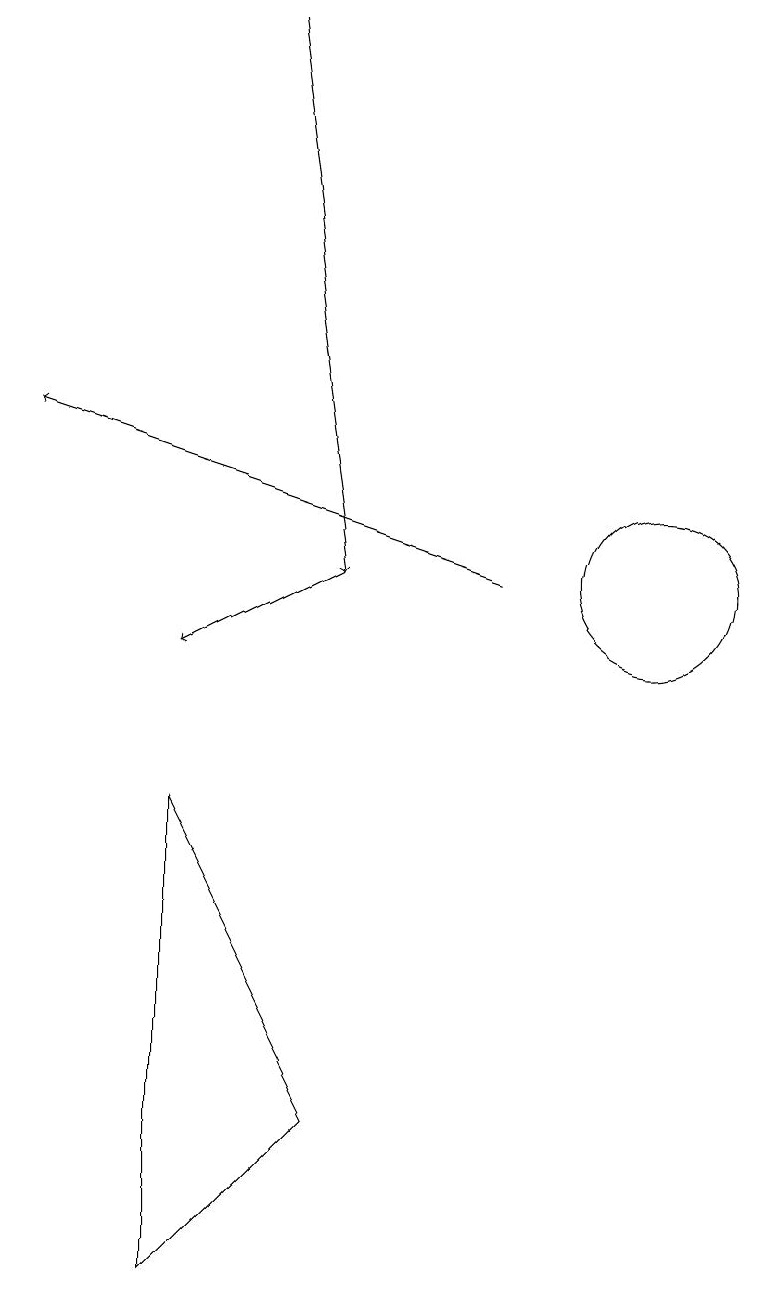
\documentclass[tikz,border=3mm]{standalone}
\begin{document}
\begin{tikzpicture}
\draw[->] (6,18) -- (7,11);
\draw (11,11) circle (1);
\draw (5,2) -- (7,4) -- (5,8) -- cycle;
\draw[->] (7,11) -- (5,10);
\draw[->] (9,11) -- (3,13);
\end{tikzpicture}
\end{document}